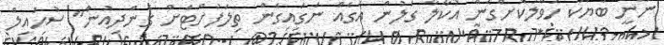
ނޫނީ ބަޔަކާ ހަވާލުކޮށްގެން އުކާލާ ގަލުން އަގެއް ނަގައިގެން ތިލަފުށްޓަށް ގެންދިއުން" ސުހައިލް